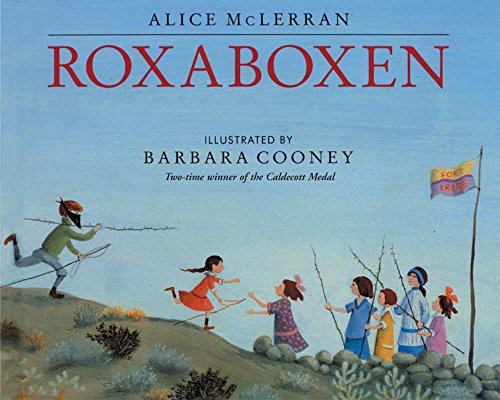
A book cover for Roxaboxen; Alice McLerran; Children's Books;